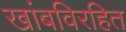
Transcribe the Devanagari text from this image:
खांबविरहित